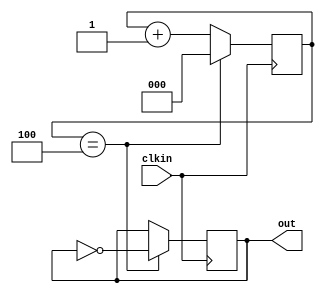
module fenpin10 (clkin,out);
input clkin;
output out;
reg out;
reg[2:0] num1;
    
   always@(posedge clkin)
   begin
        if(num1 == 4)
        begin
        out <= ~out;
        num1<=0;
        end
        else
        num1<=num1+1;
   end
        
endmodule